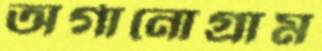
অর্গানোগ্রাম